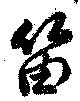
笛